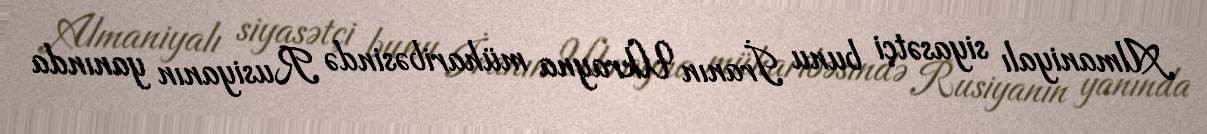
Almaniyalı siyasətçi bunu İranın Ukrayna müharibəsində Rusiyanın yanında